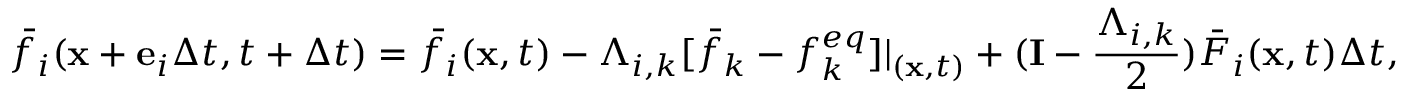
{ \bar { f } _ { i } } ( { \bf { x } } + { { \bf { e } } _ { i } } \Delta t , t + \Delta t ) = { \bar { f } _ { i } } ( { \bf { x } } , t ) - { \Lambda _ { i , k } } [ { \bar { f } _ { k } } - f _ { k } ^ { e q } ] { | _ { ( { \bf { x } } , t ) } } + ( { \bf { I } } - \frac { { { \Lambda _ { i , k } } } } { 2 } ) { \bar { F } _ { i } } ( { \bf { x } } , t ) \Delta t ,